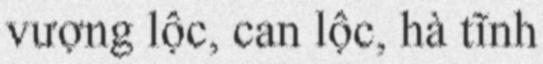
vượng lộc, can lộc, hà tĩnh